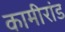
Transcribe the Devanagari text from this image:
कामीरांड